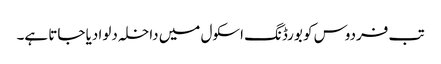
تب فردوس کو بورڈنگ اسکول میں داخلہ دلوا دیا جاتا ہے۔